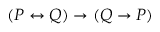
( P \leftrightarrow Q ) \to ( Q \to P )